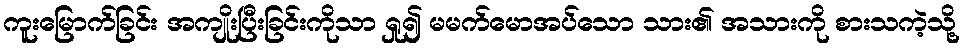
ကူးမြောက်ခြင်း အကျိုးပြီးခြင်းကိုသာ ရှု၍ မမက်မောအပ်သော သား၏ အသားကို စားသကဲ့သို့